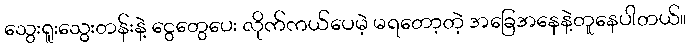
သွေးရူးသွေးတန်းနဲ့ ငွေတွေပေး လိုက်ကယ်ပေမဲ့ မရတော့တဲ့ အခြေအနေနဲ့တူနေပါတယ်။